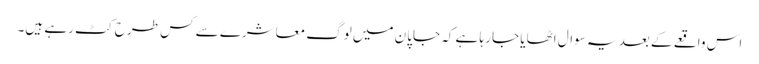
اس واقعے کے بعد یہ سوال اٹھایا جا رہا ہے کہ جاپان میں لوگ معاشرے سے کس طرح کٹ رہے ہیں۔